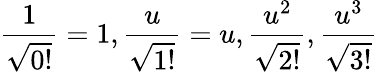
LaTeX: \frac{1}{\sqrt{0!}}=1,\frac{u}{\sqrt{1!}}=u,\frac{u^{2}}{\sqrt{2!}},\frac{u^{3}}{\sqrt{3!}}